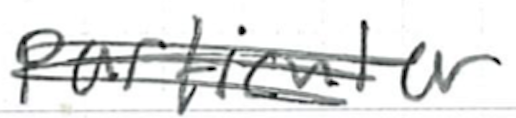
Text: particular
Cross-out: scratch
Writing tool: ballpoint